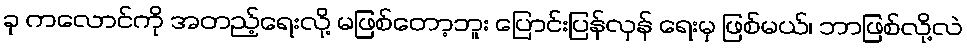
ခု ကလောင်ကို အတည့်ရေးလို့ မဖြစ်တော့ဘူး ပြောင်းပြန်လှန် ရေးမှ ဖြစ်မယ်၊ ဘာဖြစ်လို့လဲ